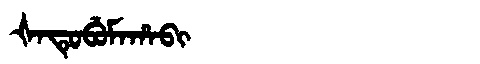
Manchu: ᡧᠠᡨᡠᠪᡠᠮᠠᡥᠠᠪᡳ
Romanization: ŠATUBUMAHABI